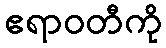
ဧရာဝတီကို